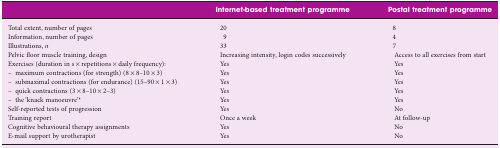
|  | Internet-based treatment programme | Postal treatment programme |
 | --- | --- | --- |
 | Total extent, number of pages | 20 | 8 |
 | Information, number of pages | 9 | 4 |
 | Illustrations, n | 33 | 7 |
 | Pelvic floor muscle training, design | Increasing intensity, login codes successively | Access to all exercises from start |
 | Exercises (duration in s × repetitions × daily frequency): | Yes | Yes |
 | – maximum contractions (for strength) (8 × 8–10 × 3) | Yes | Yes |
 | – submaximal contractions (for endurance) (15–90 × 1 × 3) | Yes | Yes |
 | – quick contractions (3 × 8–10 × 2–3) | Yes | Yes |
 | – the ‘knack manoeuvre’* | Yes | Yes |
 | Self-reported tests of progression | Yes | No |
 | Training report | Once a week | At follow-up |
 | Cognitive behavioural therapy assignments | Yes | No |
 | E-mail support by urotherapist | Yes | No |